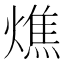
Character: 燋